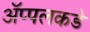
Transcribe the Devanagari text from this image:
ॲप्पलकडे